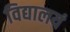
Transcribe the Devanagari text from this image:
विद्यालयं